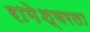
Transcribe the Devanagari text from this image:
रामेश्वरला